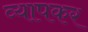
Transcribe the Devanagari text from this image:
व्यापकर